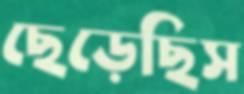
ছেড়েছিস